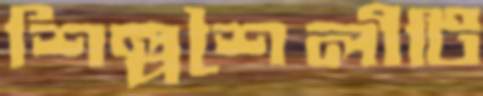
শিল্পশৈলীটি